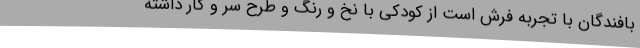
بافندگان با تجربه فرش است از کودکی با نخ و رنگ و طرح سر و کار داشته‌